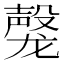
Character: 𬺝